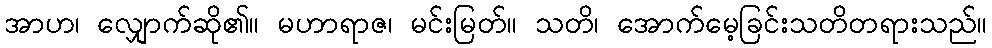
အာဟ၊ လျှောက်ဆို၏။ မဟာရာဇ၊ မင်းမြတ်။ သတိ၊ အောက်မေ့ခြင်းသတိတရားသည်။